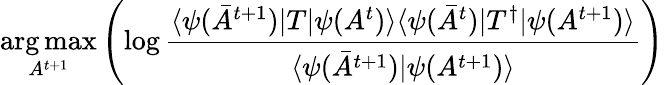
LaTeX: \underset{A^{t+1}}{\arg\operatorname*{max}}\left(\log\frac{\langle\psi(\bar{A}^{t+1})|T|\psi(A^{t})\rangle\langle\psi(\bar{A}^{t})|T^{\dagger}|\psi(A^{t+1})\rangle}{\langle\psi(\bar{A}^{t+1})|\psi(A^{t+1})\rangle}\right)